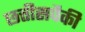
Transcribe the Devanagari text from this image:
छत्तीसपैकी